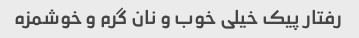
رفتار پیک خیلی خوب و نان گرم و خوشمزه